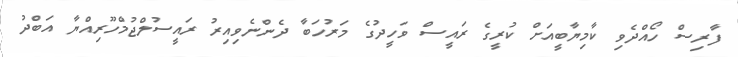
ފާރިސް ހޯއްދެވި ކާމިޔާބީއަށް ކުރީގެ ރައީސް ވަހީދުގެ މަރުހަބާ ދެންނެވިއިރު ރައީސުލްޖުމްހޫރިއްޔާ އަބްދު